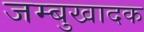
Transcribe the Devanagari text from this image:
जम्बुखादक